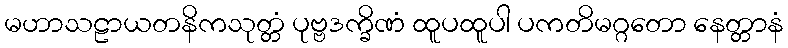
မဟာသဠာယတနိကသုတ္တံ ပုဗ္ဗဒက္ခိဏံ ထူပထူပါ ပကတိမဂ္ဂတော နေတ္တာနံ